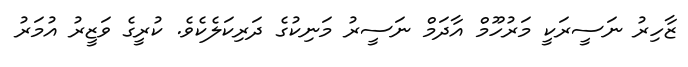
ޒާހިރު ނަސީރަކީ މަރުހޫމް އާދަމް ނަސީރު މަނިކުގެ ދަރިކަލެކެވެ. ކުރީގެ ވަޒީރު އުމަރު